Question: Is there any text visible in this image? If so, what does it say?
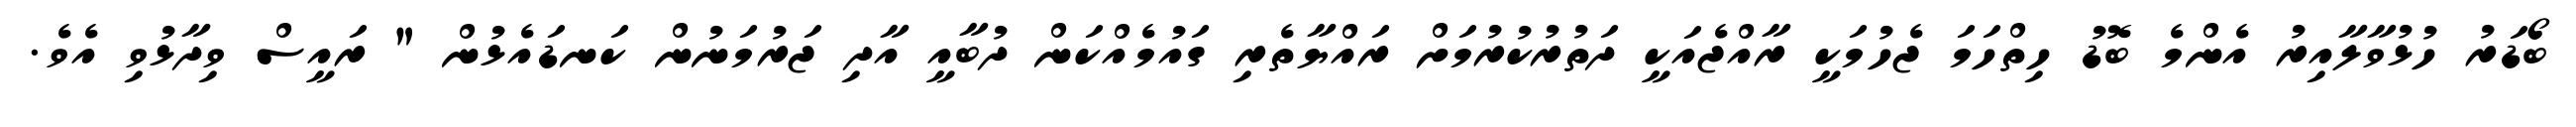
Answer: ބޯޑަރު ހުޅުވާލާއިރު އެންމެ ބޮޑު ހިތްހަމަ ޖެހުމަކީ ރާއްޖެއަކީ ދަތުރުކުރުމަށް ރައްޔާތެރި ގައުމެއްކަން ދުބާއީ އާދި ޖަރުމަނުން ކަނޑައެޅުން " ރައީސް ވިދާޅުވި އެވެ.